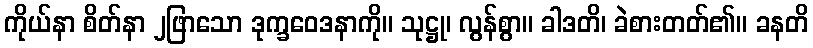
ကိုယ်နာ စိတ်နာ ၂ဖြာသော ဒုက္ခဝေဒနာကို။ သုဋ္ဌု၊ လွန်စွာ။ ခါဒတိ၊ ခဲစားတတ်၏။ ခနတိ